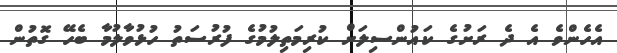
އެހެންވެ އެ ދެ ރަށުގެ ކައުންސިލަށް ކުރިމަތިލުމުގެ ފުރުސަތު ހުޅުވާލުމާ ބެހޭ ގޮތުން